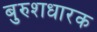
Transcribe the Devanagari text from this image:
बुरुशधारक